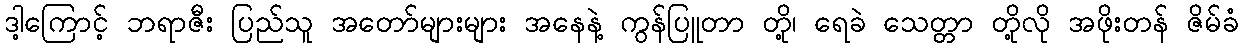
ဒါ့ကြောင့် ဘရာဇီး ပြည်သူ အတော်များများ အနေနဲ့ ကွန်ပြူတာ တို့၊ ရေခဲ သေတ္တာ တို့လို အဖိုးတန် ဇိမ်ခံ